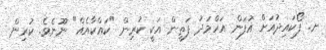
ށ. ފޯކައިދުއަށް އުފަން އަހްމަދު ފަތީން އަކީ ކުރިން "ކައްކާއެއް" ނޫނެވެ. ކުރިން